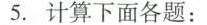
5.计算下面各题：